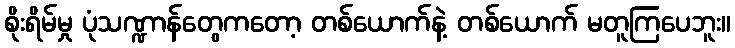
စိုးရိမ်မှု ပုံသဏ္ဍာန်တွေကတော့ တစ်ယောက်နဲ့ တစ်ယောက် မတူကြပေဘူး။